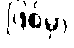
ဖြစ်မှာ